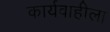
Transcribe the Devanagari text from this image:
कार्यवाहीला